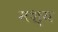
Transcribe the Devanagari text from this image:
मश्य